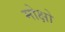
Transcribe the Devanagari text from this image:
मोक्षो